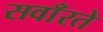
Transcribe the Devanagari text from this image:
सवाँरते